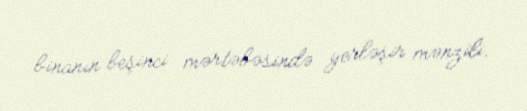
binanın beşinci mərtəbəsində yerləşir mənzili.